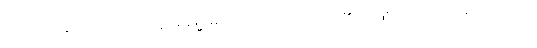
ပညာကိုလည်းကောင်း။ ဒိဋ္ဌေဝဓမ္မေ၊ မျက်မှောက်သောကိုယ်၏ အဖြစ်၌သာလျှင်။ (၅၀၆) သယံ၊